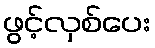
ဖွင့်လှစ်ပေး